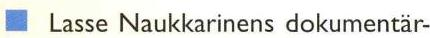
 Lasse Naukkarinens dokumentär-